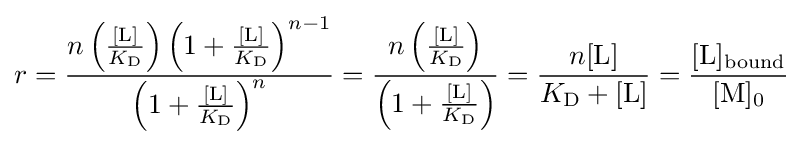
r={\frac {n\left({\frac {[\mathrm {L} ]}{K_{\mathrm {D} }}}\right)\left(1+{\frac {[\mathrm {L} ]}{K_{\mathrm {D} }}}\right)^{n-1}}{\left(1+{\frac {[\mathrm {L} ]}{K_{\mathrm {D} }}}\right)^{n}}}={\frac {n\left({\frac {[\mathrm {L} ]}{K_{\mathrm {D} }}}\right)}{\left(1+{\frac {[\mathrm {L} ]}{K_{\mathrm {D} }}}\right)}}={\frac {n[{\ce {L}}]}{K_{\mathrm {D} }+[{\ce {L}}]}}={\frac {[\mathrm {L} ]{\vphantom {A}}_{\smash[{t}]{\mathrm {bound} }}}{[\mathrm {M} ]{\vphantom {A}}_{\smash[{t}]{0}}}}